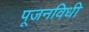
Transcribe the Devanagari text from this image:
पूजनविधी